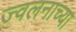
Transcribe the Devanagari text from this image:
ज्वलनाच्या